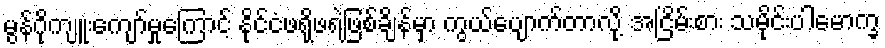
မွန်ဂိုကျူးကျော်မှုကြောင့် နိုင်ငံဖရိုဖရဲဖြစ်ချိန်မှာ ကွယ်ပျောက်တာလို့ အငြိမ်းစား သမိုင်းပါမောက္ခ